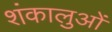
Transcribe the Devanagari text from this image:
शंकालुओं